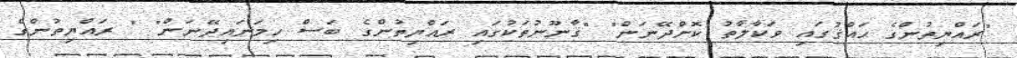
"ރައްޔިތުންގެ ޙައްޤުގައި ވަކާލާތު ކޮށްދޭނަން" "ޤާނޫނުތަކުގައި ރައްޔިތުންގެ ބަސް ހިމަނައިދޭނަން" " ރައްޔިތުންގެ